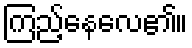
ကြည့်နေလေ၏။